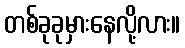
တစ်ခုခုမှားနေလို့လား။